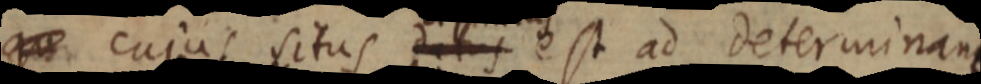
qu cujus situs datus est ad determinant